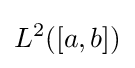
L^{2}([a,b])